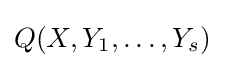
Q(X,Y_{1},\ldots ,Y_{s})